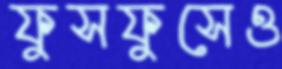
ফুসফুসেও